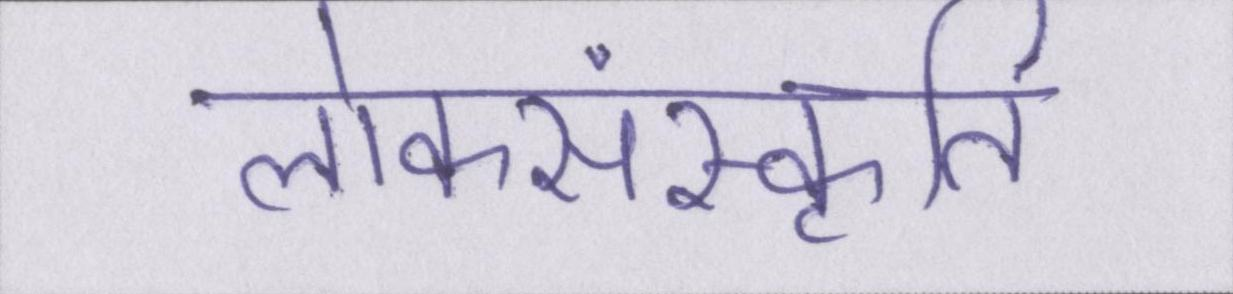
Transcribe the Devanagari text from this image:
लोकसंस्कृति